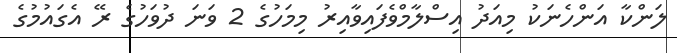
ލަންކާ އަންހެނަކު މިއަދު އިސްލާމްވެފައިވާއިރު މިމަހުގެ 2 ވަނަ ދުވަހުގެ ރޭ އެގައުމުގެ